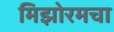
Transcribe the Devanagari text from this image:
मिझोरमचा